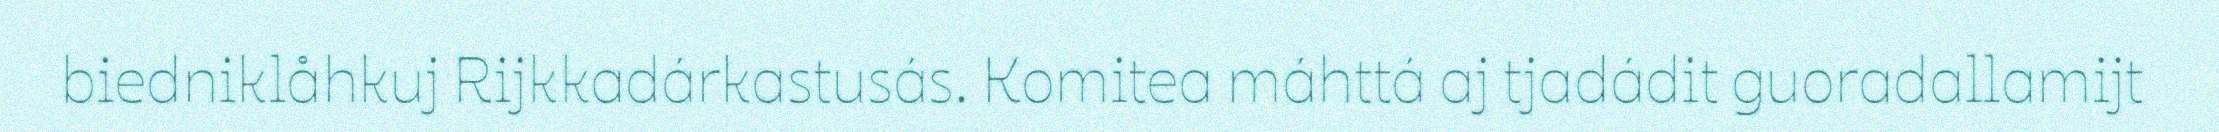
biedniklåhkuj Rijkkadárkastusás. Komitea máhttá aj tjadádit guoradallamijt